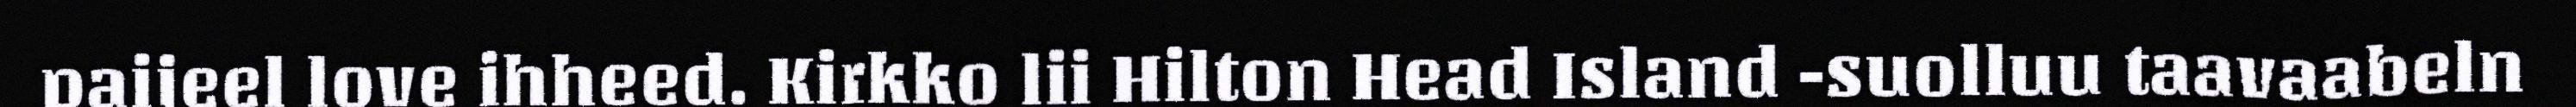
paijeel love ihheed. Kirkko lii Hilton Head Island -suolluu taavaabeln